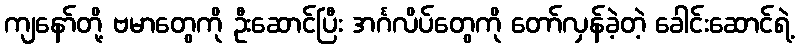
ကျနော်တို့ ဗမာတွေကို ဦးဆောင်ပြီး အင်္ဂလိပ်တွေကို တော်လှန်ခဲ့တဲ့ ခေါင်းဆောင်ရဲ့